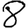
Digit: 8